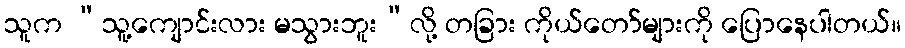
သူက “သူ့ကျောင်းလား မသွားဘူး”လို့ တခြား ကိုယ်တော်များကို ပြောနေပါတယ်။